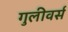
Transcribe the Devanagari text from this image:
गुलीवर्स